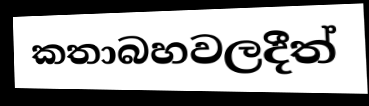
කතාබහවලදීත්